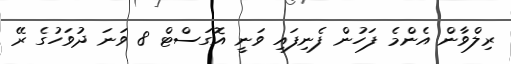
ރިލްވާން އެންމެ ފަހުން ފެނިފައި ވަނީ އޮގަސްޓް 8 ވަނަ ދުވަހުގެ ރޭ